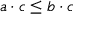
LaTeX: a \cdot c \leq b \cdot c